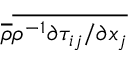
\overline { { \rho } } \overline { { { \rho } ^ { - 1 } { \partial \tau _ { i j } } / { \partial x _ { j } } } }